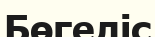
Бөгеліс